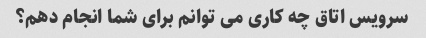
سرویس اتاق چه کاری می توانم برای شما انجام دهم؟